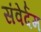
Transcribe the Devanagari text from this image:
संवेर्दम